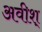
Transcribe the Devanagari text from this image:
अवीश्